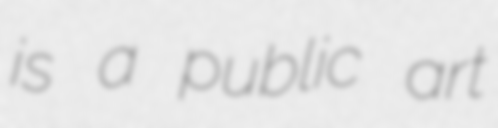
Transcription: is a public art